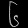
Digit: ၆